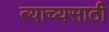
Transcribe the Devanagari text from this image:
त्याच्यसाठी